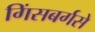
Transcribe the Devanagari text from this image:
गिंसबर्गसे